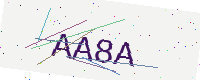
Text: AA8A